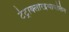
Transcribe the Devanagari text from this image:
टेट्राक्लोरइथायलिन